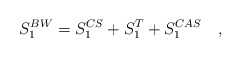
\begin{align*}S_1^{BW}=S_1^{CS}+S_1^T+S_1^{CAS}~~~,\end{align*}